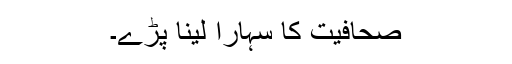
صحافیت کا سہارا لینا پڑے۔